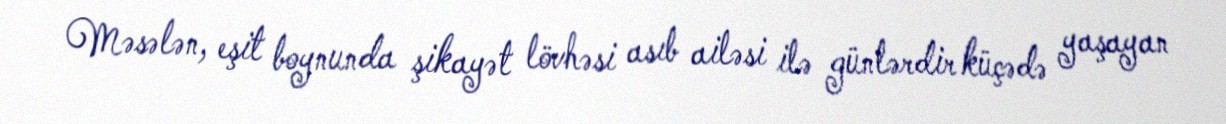
Məsələn, eşit boynunda şikayət lövhəsi asıb ailəsi ilə günlərdir küçədə yaşayan